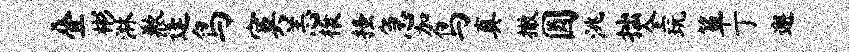
叠彬淋歉蓬鸟寞恙榱搔急加鸟真撤圆洮拙全玩箪丁邂